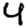
Digit: 4